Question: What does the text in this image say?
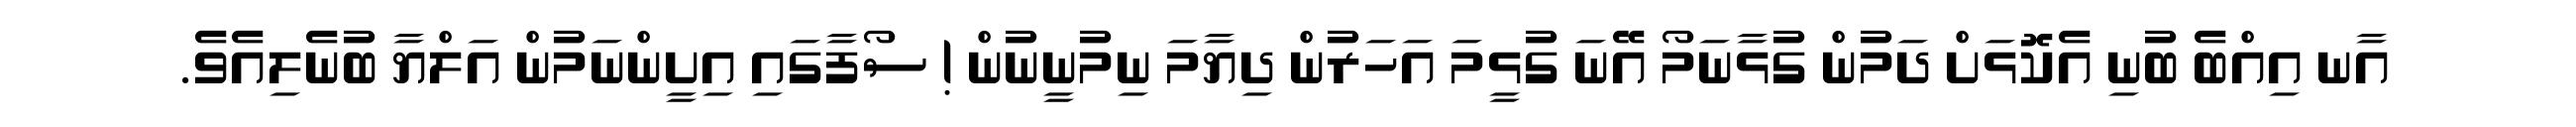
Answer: އާނ އިއްބެ ބުނި އެކޮޅަށް ދަމުން ގުޅާނަމޯ އޭނަ ގުޅީމަ އަހަރުން ދިޔާމަ ނިމުނީނުން ! ސޯފާގައި އިށީންނަމުން އަލްޔާ ބުނެލިއެވެ.